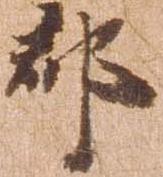
郡